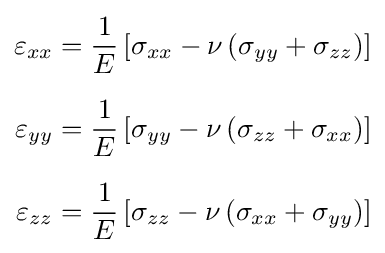
{\begin{aligned}\varepsilon _{xx}&={\frac {1}{E}}\left[\sigma _{xx}-\nu \left(\sigma _{yy}+\sigma _{zz}\right)\right]\\[6px]\varepsilon _{yy}&={\frac {1}{E}}\left[\sigma _{yy}-\nu \left(\sigma _{zz}+\sigma _{xx}\right)\right]\\[6px]\varepsilon _{zz}&={\frac {1}{E}}\left[\sigma _{zz}-\nu \left(\sigma _{xx}+\sigma _{yy}\right)\right]\end{aligned}}